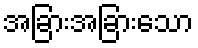
အခြားအခြားသော